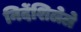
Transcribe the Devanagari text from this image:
निर्देशिलेले